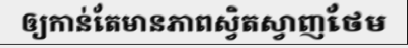
ឲ្យកាន់តែមានភាពស្វិតស្វាញថែម